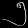
Digit: ၅